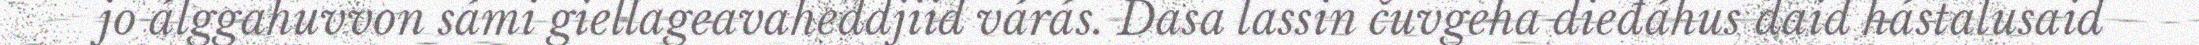
jo álggahuvvon sámi giellageavaheddjiid várás. Dasa lassin čuvgeha dieđáhus daid hástalusaid